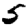
Digit: 5